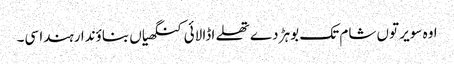
اوہ سویر توں شام تک بوہڑ دے تھلے اڈا لائی کنگھیاں بناؤندا رہندا سی۔